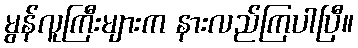
မွန်လူကြီးများက နားလည်ကြပါပြီ။